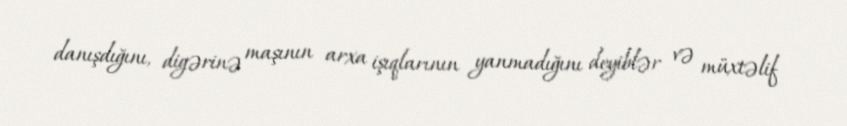
danışdığını, digərinə maşının arxa işıqlarının yanmadığını deyiblər və müxtəlif